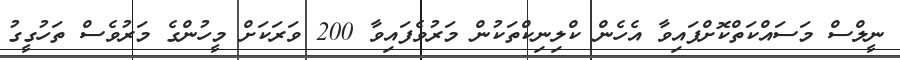
ނީލްސް މަސައްކަތްކޮށްފައިވާ އެހެން ކްލިނިކްތަކުން މަރުވެފައިވާ 200 ވަރަކަށް މީހުންގެ މަރުވެސް ތަހުގީގު